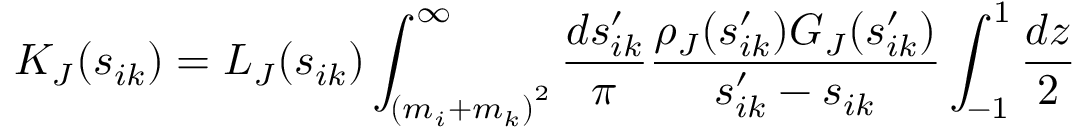
K _ { J } ( s _ { i k } ) = L _ { J } ( s _ { i k } ) \int _ { { ( m _ { i } + m _ { k } ) } ^ { 2 } } ^ { \infty } \frac { d s _ { i k } ^ { \prime } } { \pi } \frac { { \rho } _ { J } ( s _ { i k } ^ { \prime } ) G _ { J } ( s _ { i k } ^ { \prime } ) } { s _ { i k } ^ { \prime } - s _ { i k } } \int _ { - 1 } ^ { 1 } \frac { d z } { 2 }